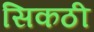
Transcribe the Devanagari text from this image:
सिकठी